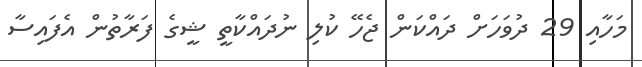
މަހާއި 29 ދުވަހަށް ދައްކަން ޖެހޭ ކުލި ނުދައްކާތީ ޝީގެ ފަރާތުން އެފައިސާ